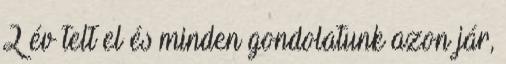
2 év telt el és minden gondolatunk azon jár,